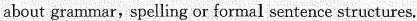
about grammar,spelling or formal sentence structures.